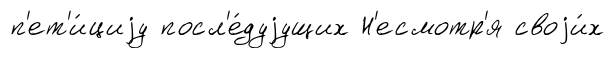
п'ет'и́циjу посл'е́дуjущих Н'есмотр'я своjи́х